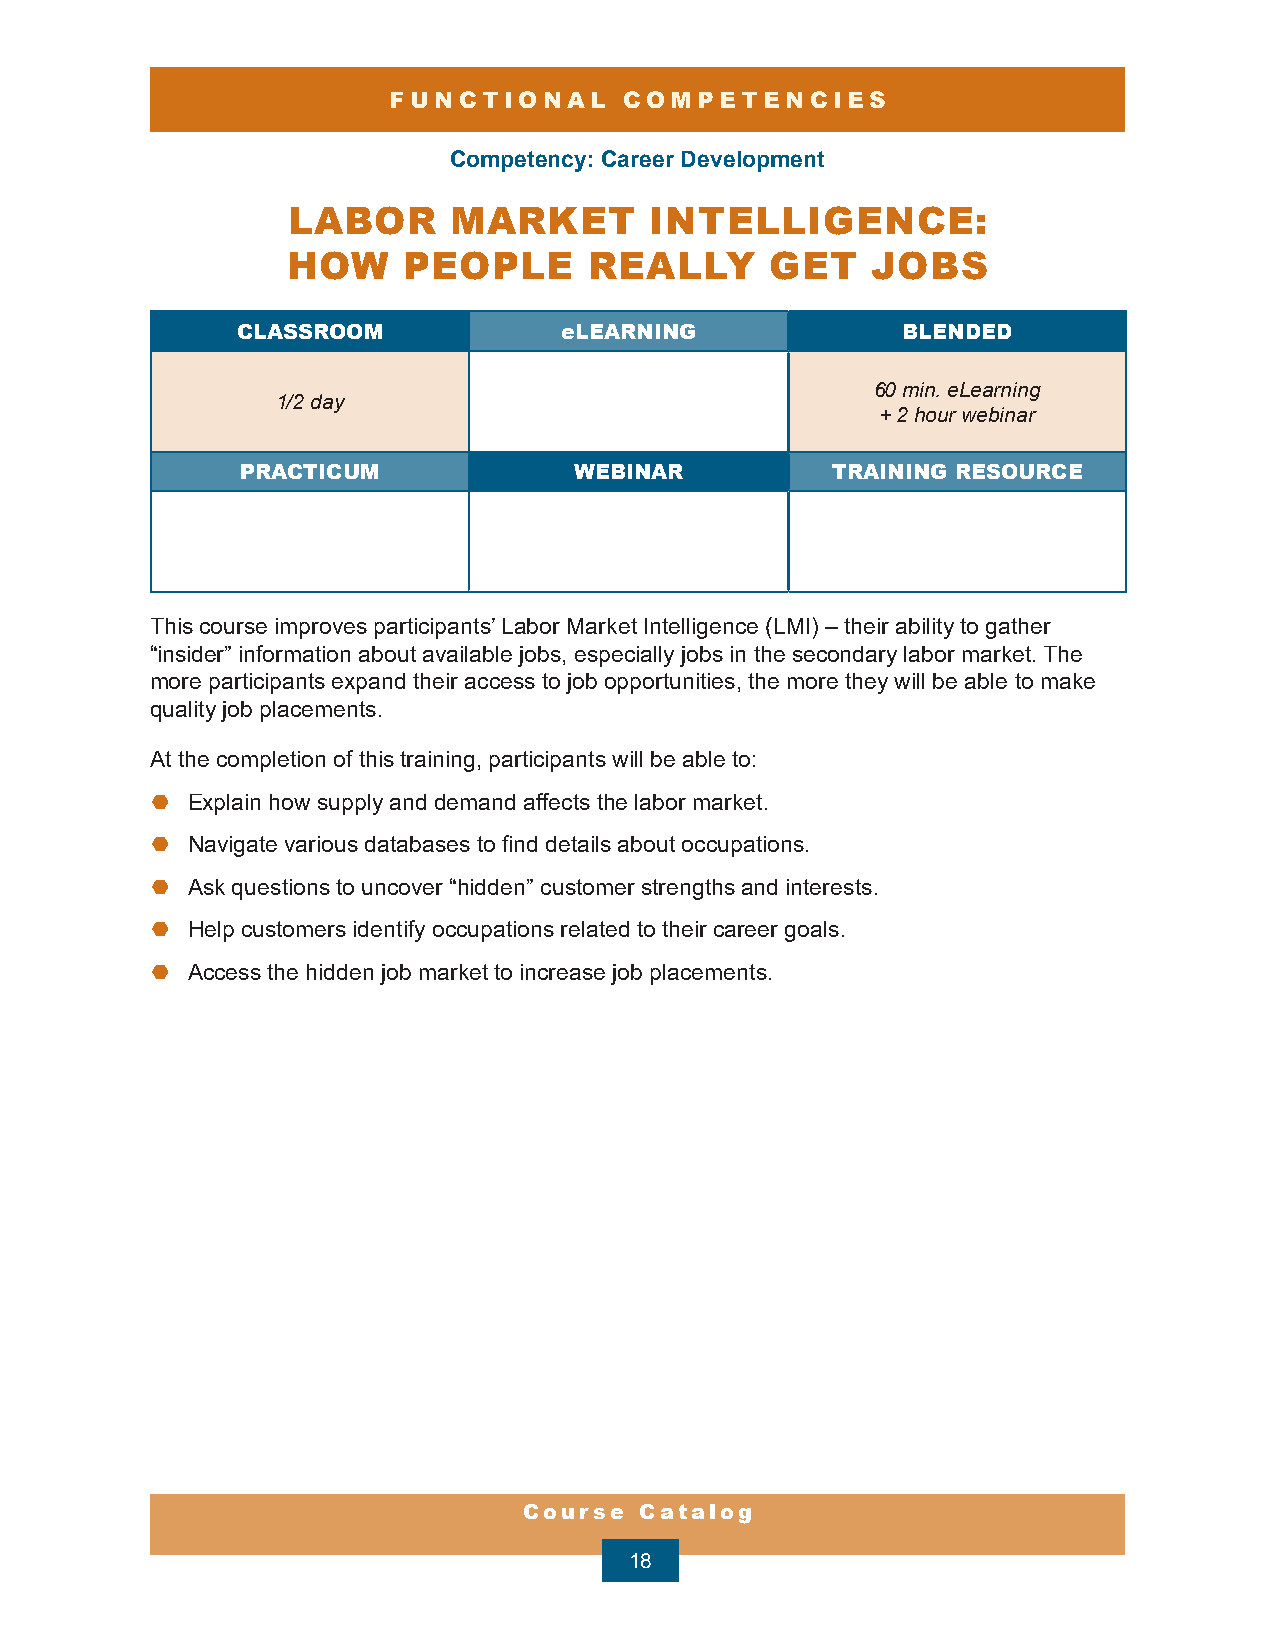
FUNCTIONAL     COMPETENCIES
 Competency: Career Development
 LABOR      MARKET       INTELLIGENCE:
 HOW     PEOPLE      REALLY      GET    JOBS
 CLASSROOM            eLEARNING              BLENDED
 60 min. eLearning
 1/2 day
 + 2 hour webinar
 PRACTICUM             WEBINAR          TRAINING RESOURCE
 This course improves participants’ Labor Market Intelligence (LMI) – their ability to gather
 “insider” information about available jobs, especially jobs in the secondary labor market. The
 more participants expand their access to job opportunities, the more they will be able to make
 quality job placements.
 At the completion of this training, participants will be able to:
 ¤ Explain how supply and demand affects the labor market.
 ¤ Navigate various databases to find details about occupations.
 ¤ Ask questions to uncover “hidden” customer strengths and interests.
 ¤ Help customers identify occupations related to their career goals.
 ¤ Access the hidden job market to increase job placements.
 Course Catalog
 18